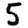
Digit: 5